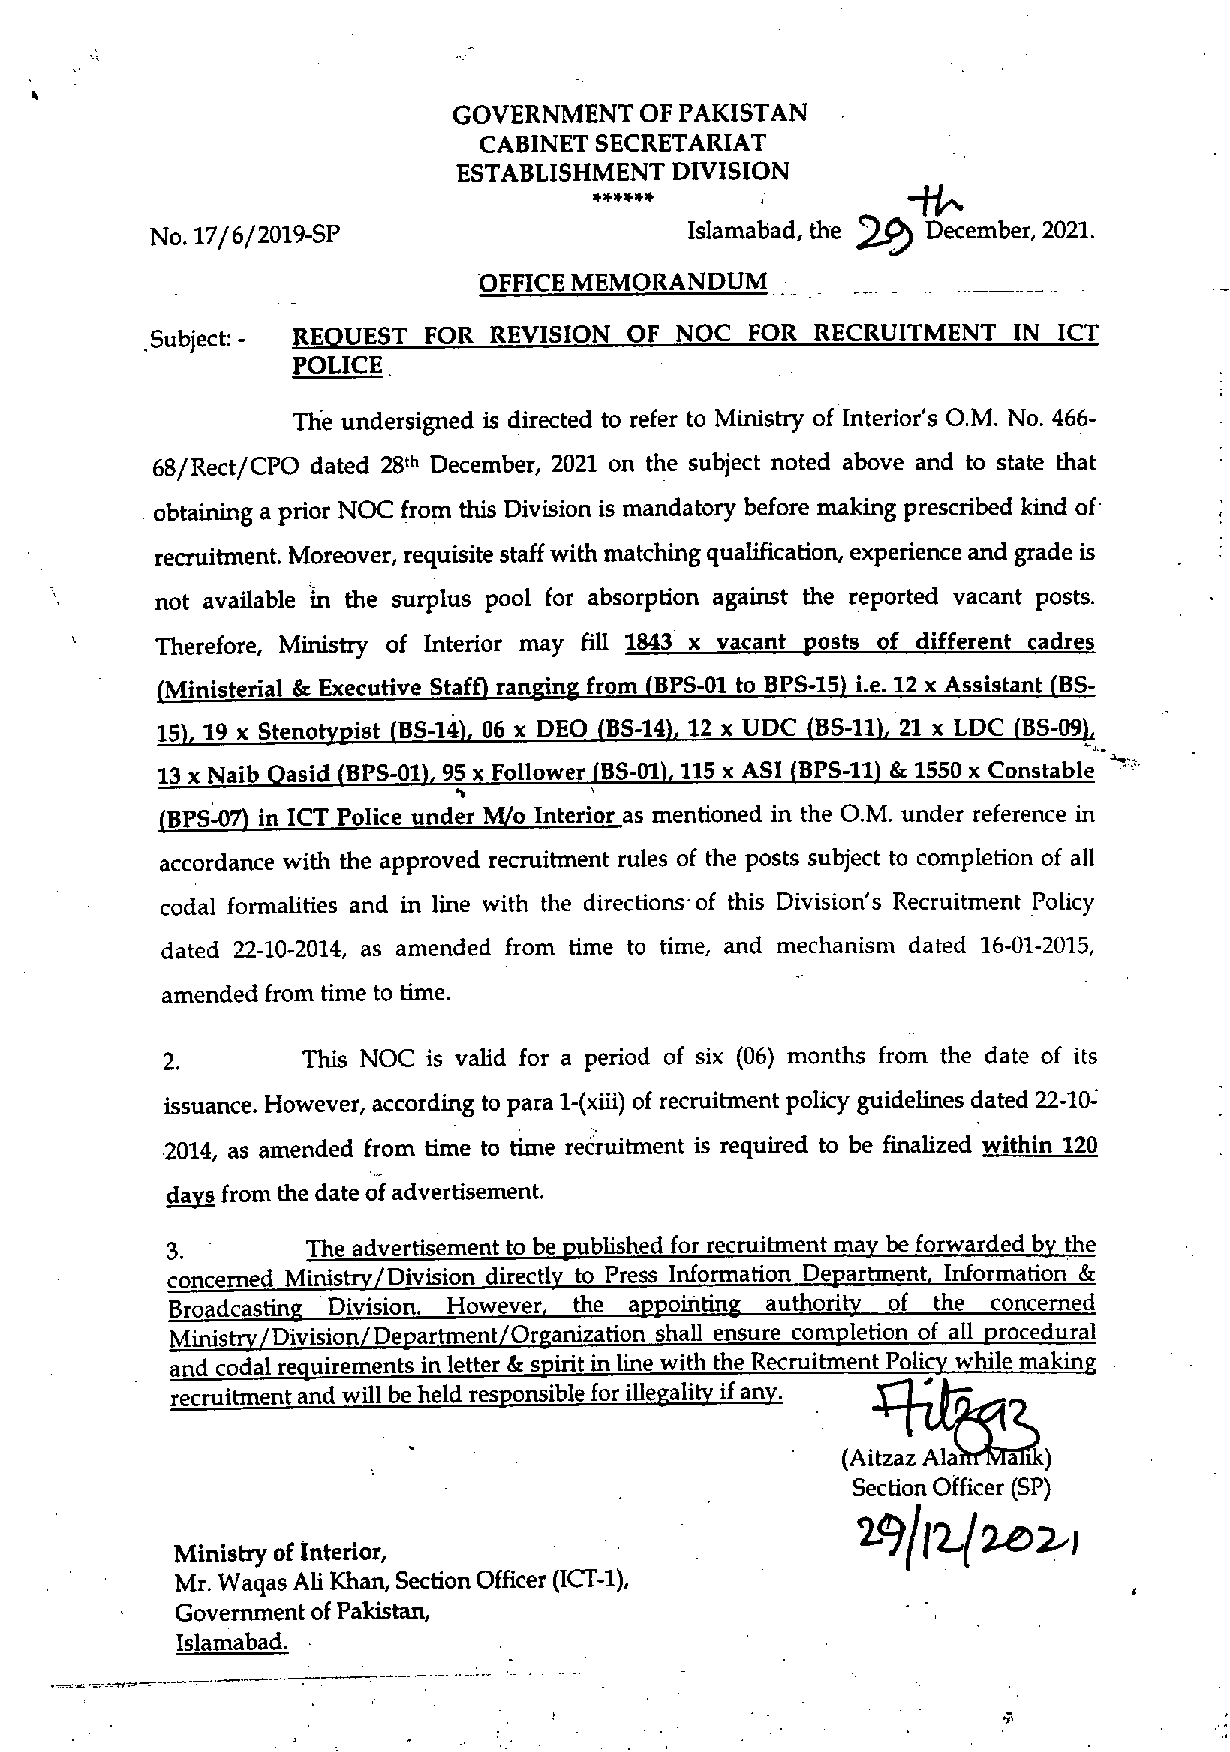
GOVERNMENT  OF PAKISTAN
 CABINET SECRETARIAT
 ESTABLISHMENT  DIVISION
 ******
 No. 17/ 6/ 2019-SP                 Islamabad, the  December, 2021.
 OFFICE MEMORANDUM
 .Subject: - REQUEST FOR REVISION OF NOC FOR RECRUITMENT   IN ICT
 POLICE
 The undersigned is directed to refer to Ministry of Interior's O.M. No. 466-
 E8/ Rect/CPO dated 28th December, 2021 on the subject noted above and to state that
 obtaining a prior NOC from this Division is mandatory before making prescribed kind of
 recruitment. Moreover, requisite staff with matching qualification, experience and grade is
 not available in the surplus pool for absorption against the reported vacant posts.
 Therefore, Ministry of Interior may fill 1843 x vacant posts of different cadres
 (Ministerial & Executive Stafftranging from (BPS-01 to BPS-15) i.e. 12 x Assistant (BS-
 15), 19 x Stenotypist (BS-14), 06 x DE0(B5-14), 12 x UDC (BS-11), 21 x LDC (BS-09),
 13 x Naib Qasid (BPS-01), 95 x Follower (BS-01),115 x ASI (BPS-11) & 1550 x Constable
 (BPS-07) in ICT Police under M/o Interior as mentioned in the O.M. under reference in
 accordance with the approved recruitment rules of the posts subject to completion of all
 codal formalities and in line with the directions- of this Division's Recruitment Policy
 dated 22-10-2014, as amended from time to time, and mechanism dated 16-01-2015,
 amended from time to time.
 This NOC is valid for a period of six (06) months from the date of its
 issuance. However, according to para 1-(xiii) of recruitment policy guidelines dated 22-102
 2014, as amended from time to time recruitment is required to be finalized within 120
 days from the date of advertisement.
 The advertisement to be published for recruitment may be forwarded by the
 concerned Ministry/Division directly to Press Information Department, Information &
 Broadcasting Division. However, the appointing authority of the concerned
 Ministry/Division/Department/Organization shall ensure completion of all procedural
 and codal requirements in letter & spirit in line with the Recruitment Policy while making
 recruitment and will be held responsible for illegality if any.
 (Aitzaz Ala a )
 Section Officer (SP)
 29/12fze•24
 Ministry of Interior,
 Mr. Waqas Ali Khan, Section Officer (ICT-1),
 Government of Pakistan,
 Islamabad.